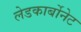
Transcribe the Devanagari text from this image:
लेडकार्बोनेट